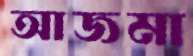
আজমা